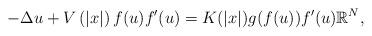
LaTeX: \begin{align*}-\Delta u+ V\left( \left| x\right| \right) f(u) f' (u) = K(|x|) g(f(u)) f' (u) \mathbb{R}^{N}, \end{align*}